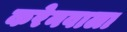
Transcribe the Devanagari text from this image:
करेनवाला